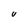
Character: U